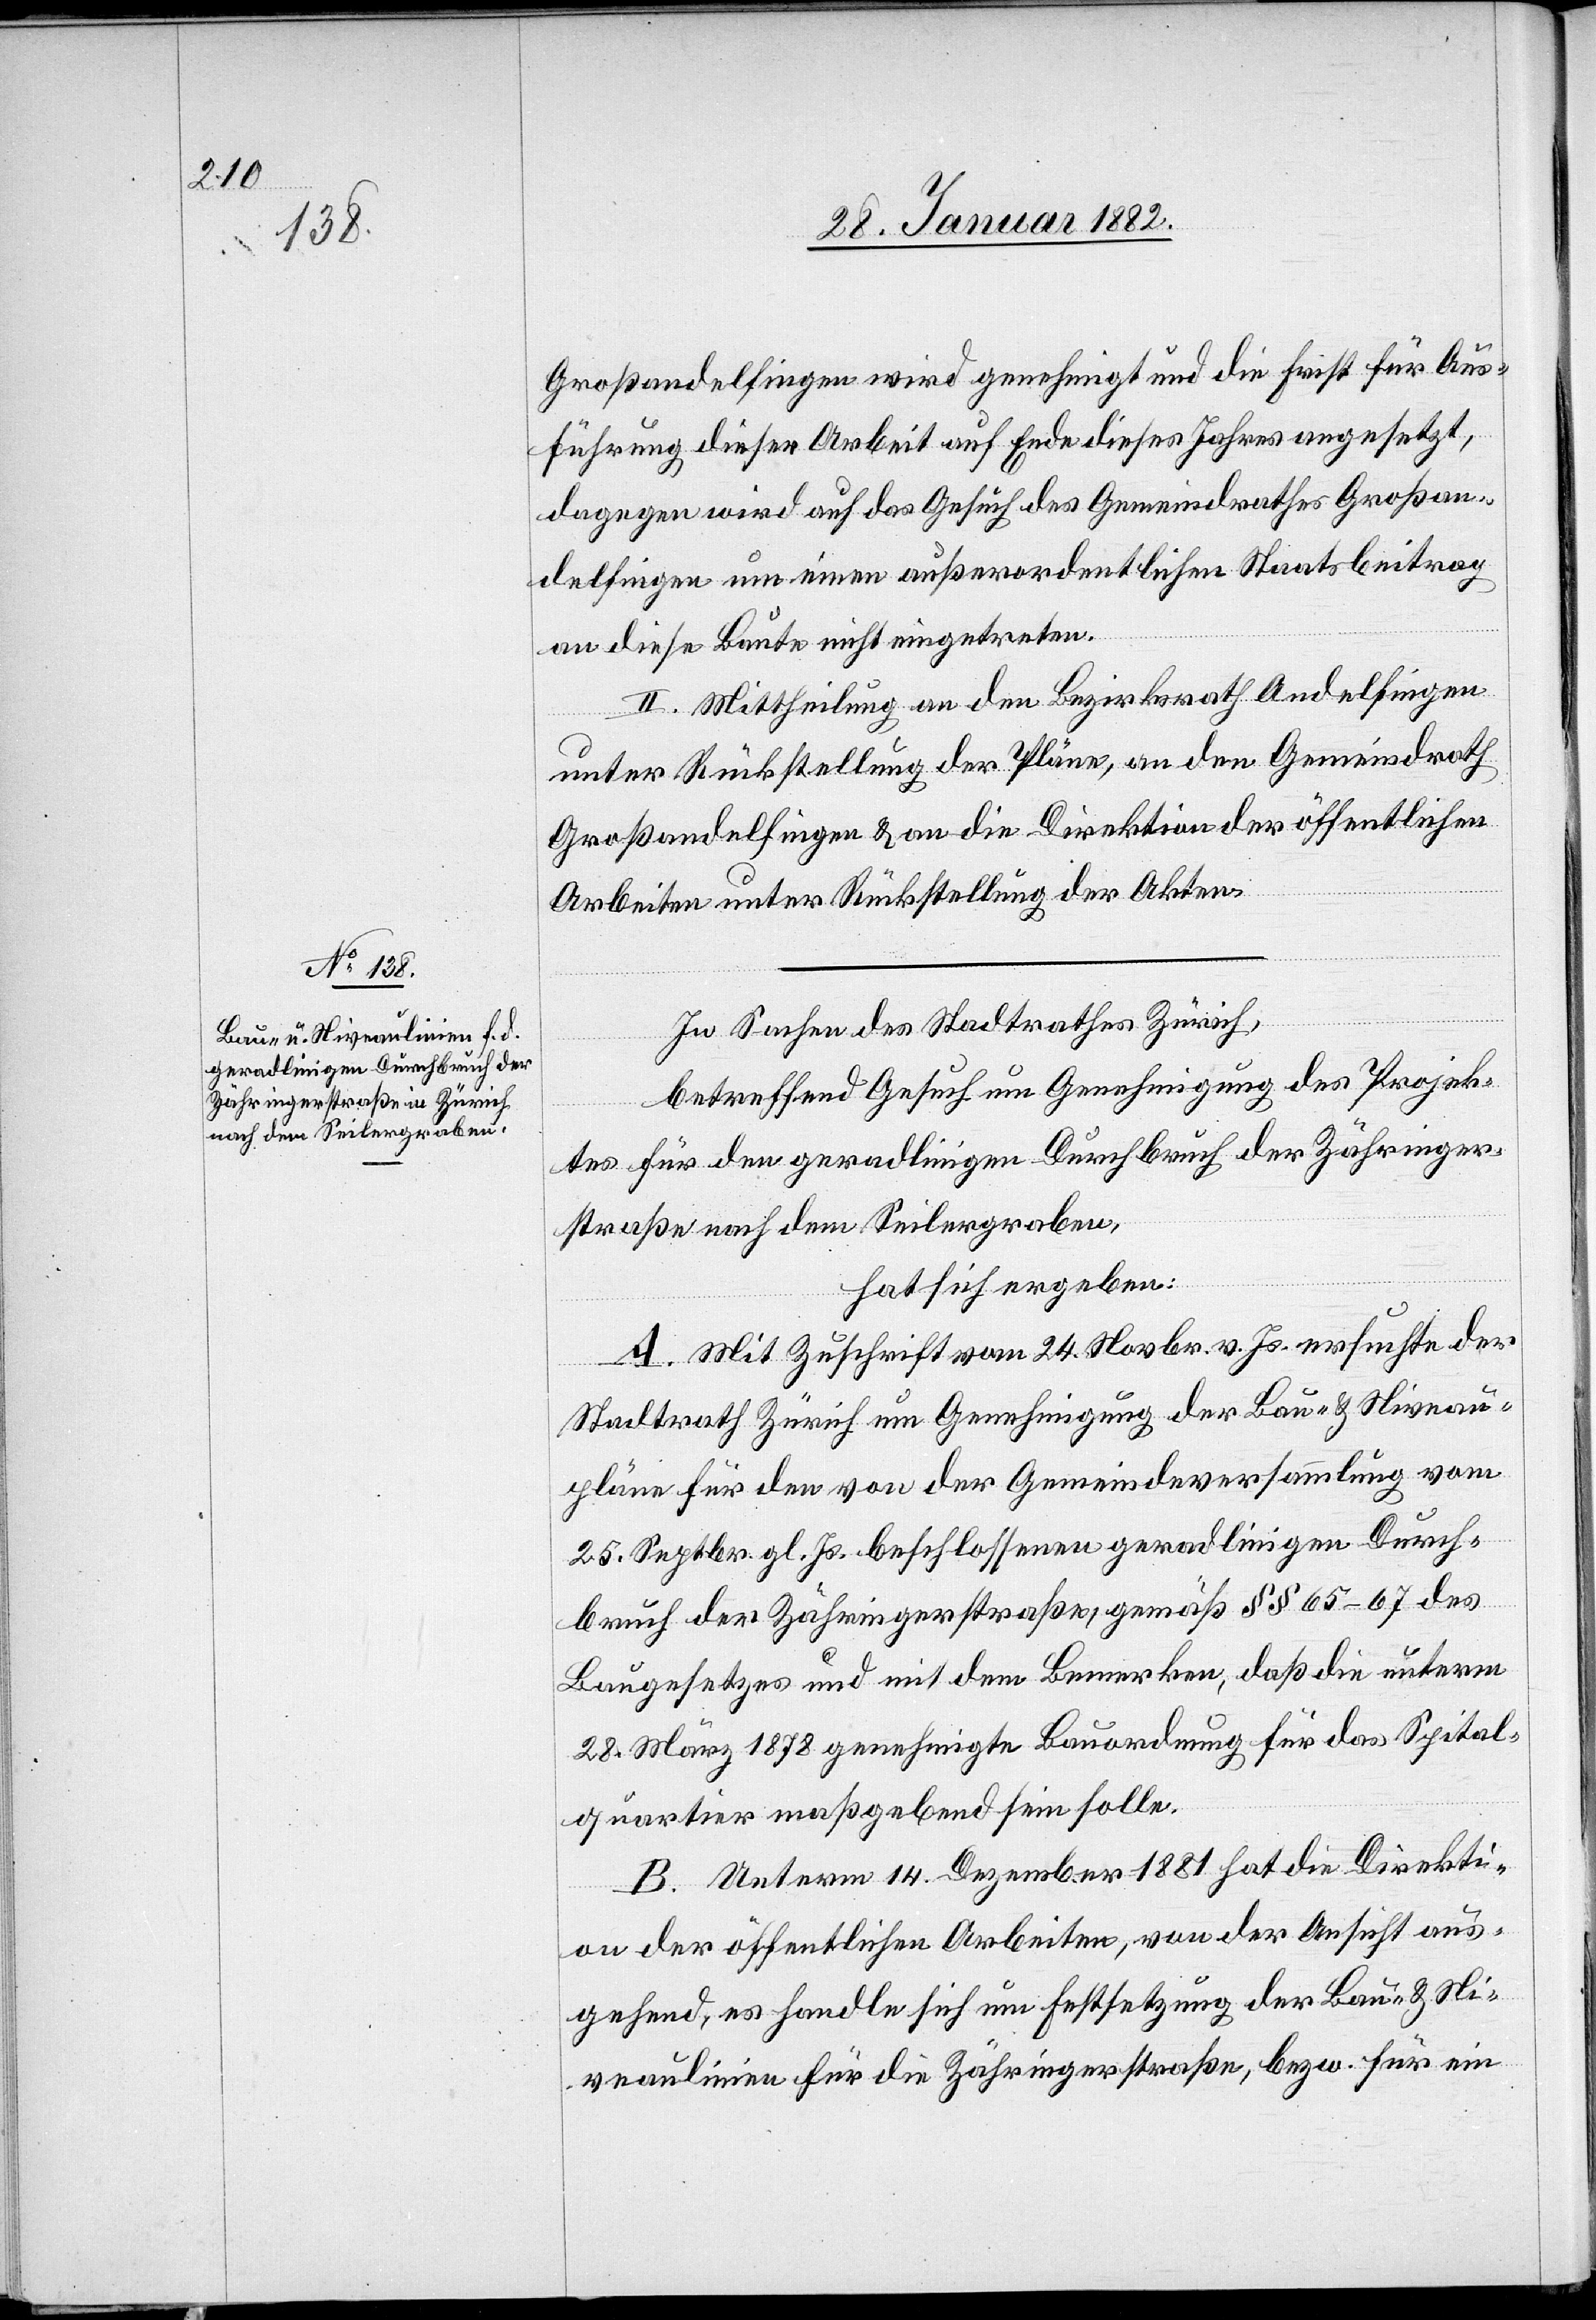
Großandelfingen wird genehmigt und die Frist für Aus¬
führung dieser Arbeit auf Ende dieses Jahres angesetzt,
dagegen wird auf das Gesuch des Gemeindrathes Großan¬
delfingen um einen außerordentlichen Staatsbeitrag
an diese Baute nicht eingetreten.
II. Mittheilung an den Bezirksrath Andelfingen
unter Rückstellung der Pläne, an den Gemeindrath
Großandelfingen & an die Direktion der öffentlichen
Arbeiten unter Rückstellung der Akten.
In Sachen des Stadtrathes Zürich,
betreffend Gesuch um Genehmigung des Projek¬
tes für den geradlinigen Durchbruch der Zähringer¬
straße nach dem Seilergraben,
hat sich ergeben:
A. Mit Zuschrift vom 24. Novbr. v. Js. ersuchte der
Stadtrath Zürich um Genehmigung der Bau- & Niveau¬
pläne für den von der Gemeindeversammlung vom
25. Septbr. gl. Js. beschlossenen geradlinigen Durch¬
bruch der Zähringerstraße, gemäß §§ 65–67des
Baugesetzes und mit dem Bemerken, daß die unter
28. März 1878 genehmigte Bauordnung für das Spital¬
quartier maßgebend sein sollen.
B. Unterm 14. Dezember 1881 hat die Direkti¬
on der öffentlichen Arbeiten, von der Ansicht aus¬
gehend, es handle sich um Festsetzung der Bau- & Ni¬
veaulinie für die Zähringerstraße, bzw. für ein